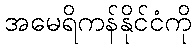
အမေရိကန်နိုင်ငံကို